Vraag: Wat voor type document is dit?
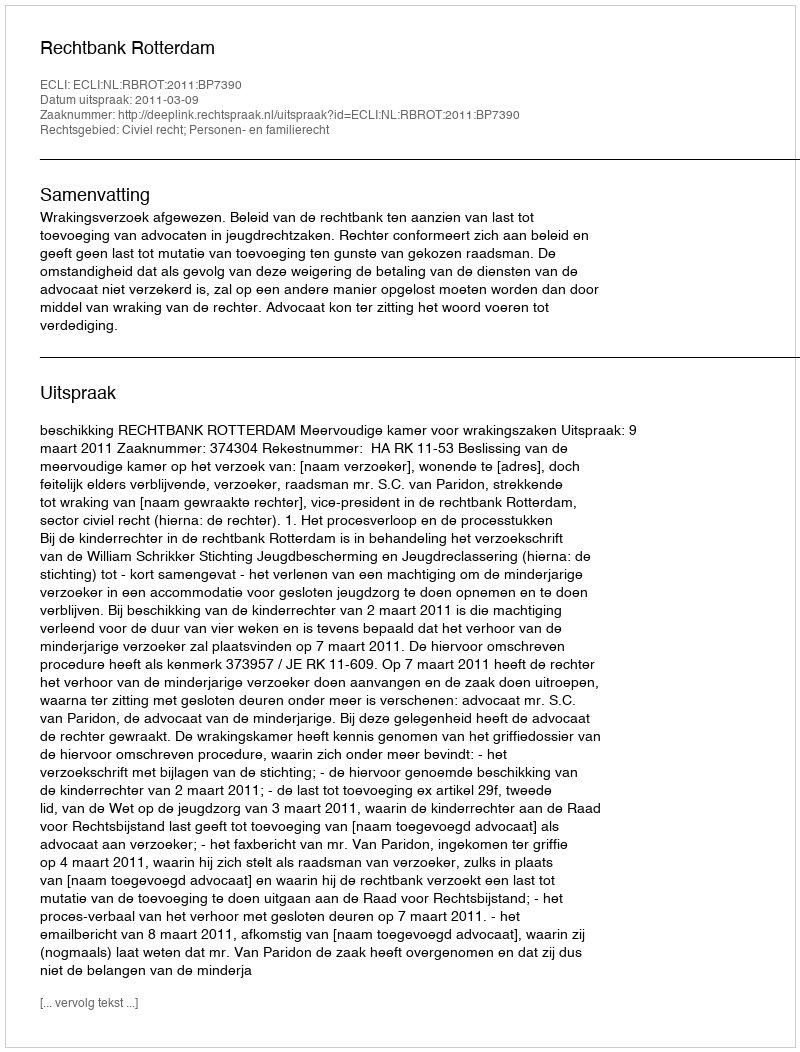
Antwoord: Uitspraak